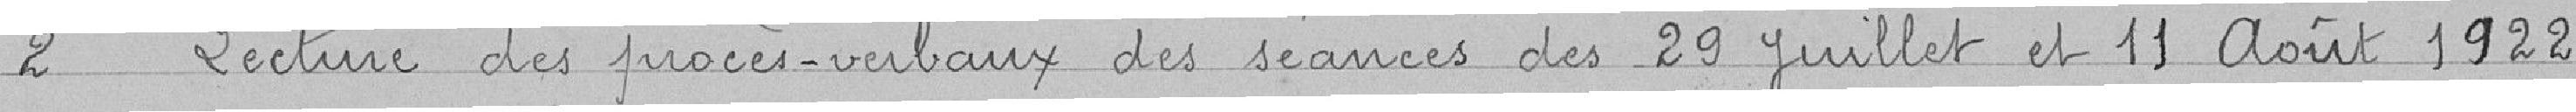
2 Lecture des procès-verbaux des séances des 29 juillet et 11 août 1922.